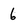
Character: 6